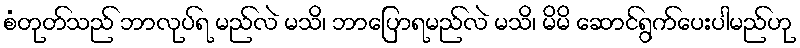
စံတုတ်သည် ဘာလုပ်ရ မည်လဲ မသိ၊ ဘာပြောရမည်လဲ မသိ၊ မိမိ ဆောင်ရွက်ပေးပါမည်ဟု